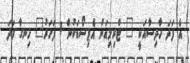
އެ ފަދަ ހާދިސާއަކީ " ޓްރިލިއަން އެޕިސޯޑަކުން 1 ފަހަރު" ހިނގާ ފަދަ